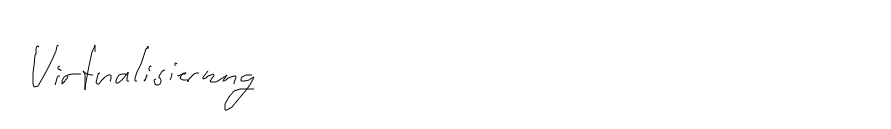
Virtualisierung